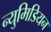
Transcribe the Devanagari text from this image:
न्युमिडियन